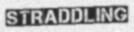
STRADDLING